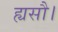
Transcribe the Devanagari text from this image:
ह्यसौ।